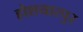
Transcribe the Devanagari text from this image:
होशयारपुर